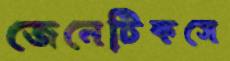
জেনেটিকসে